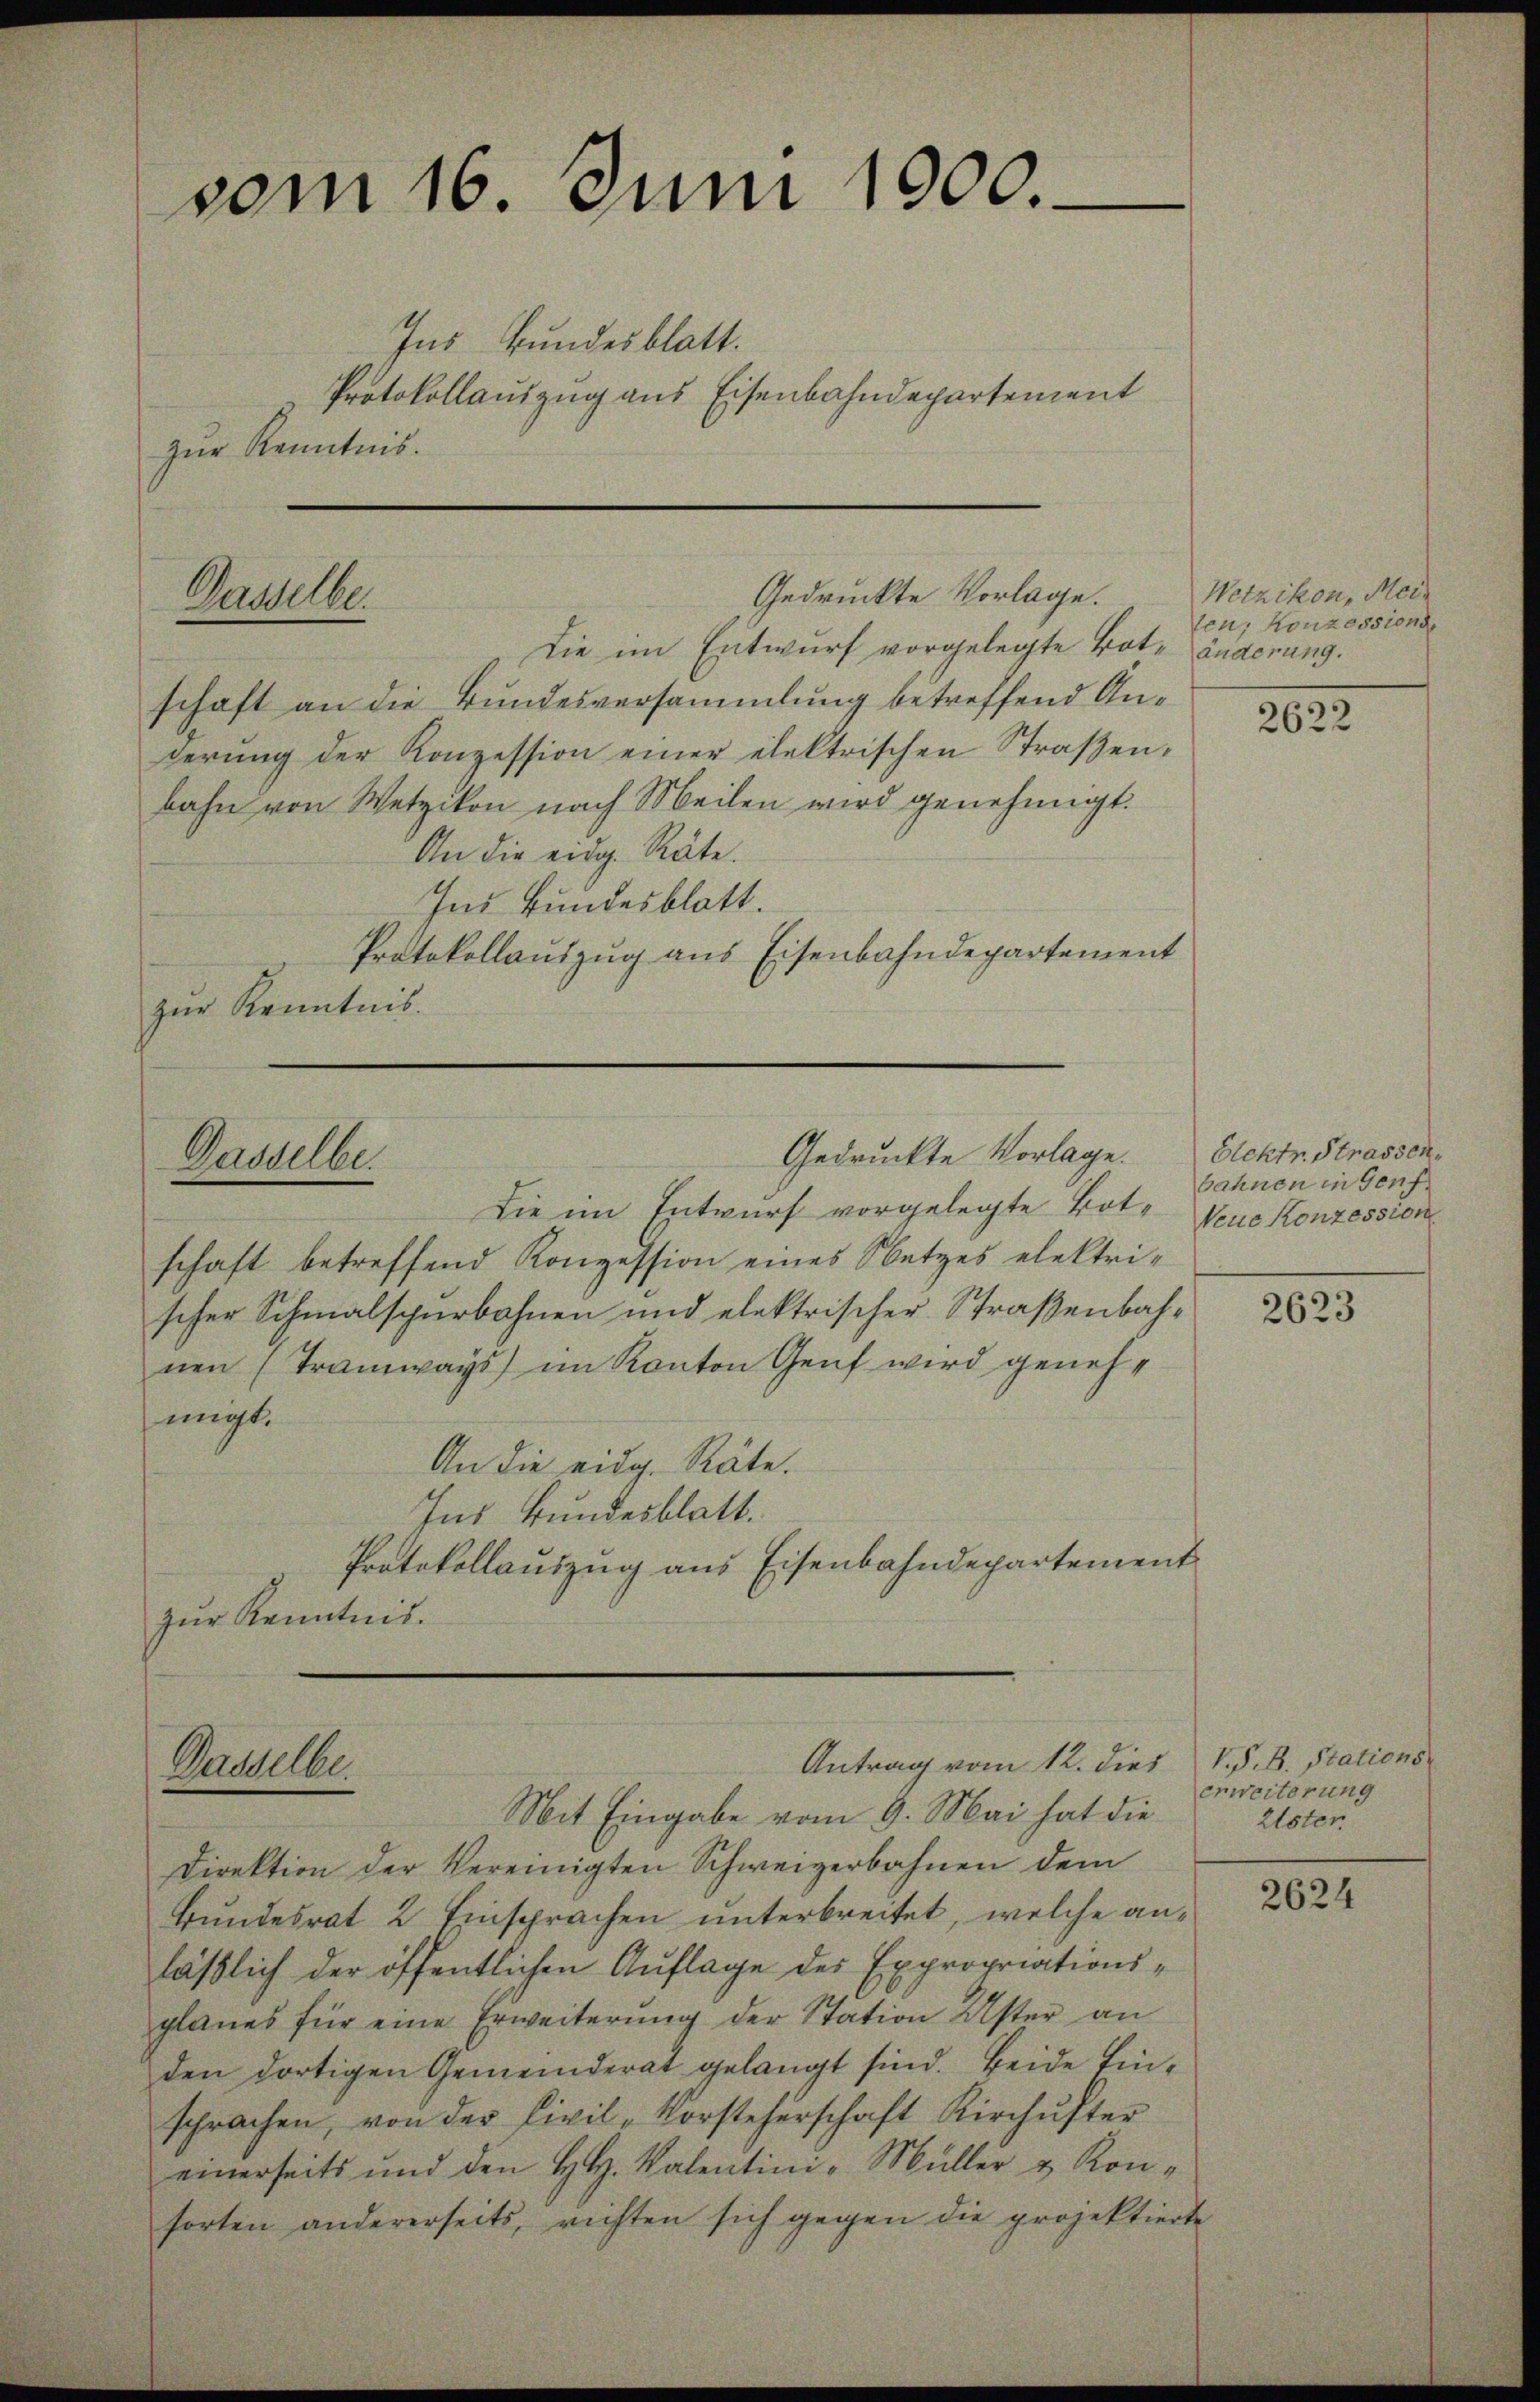
Ins Bundesblatt.
Protokollauszug aus Eisenbahndepartement
zur Kenntnis.

vom 16. Juni 1900.

Gedrückte Vorlage.
Gasselbe.

Dasselbe.

Gasselbe.

Die im Entwurf vorgelegte Botschaft betreffend Konzession eines Netzes elektri-
scher Schmalspurbahnen und elektrischer Straßenbahnen (Tramways) im Kanton Genf wird genehmigt.
An die eidg. Räte.
Ins Bundesblatt.
Protokollauszug aus Eisenbahndepartement
zur Kenntnis.

Mit Eingabe vom 9. Mai hat die
Direktion der Vereinigten Schweizerbahnen dem
Bundesrat 2 Einsprachen unterbreitet, welche anläßlich der öffentlichen Auflage des Expropriationsplanes für eine Erweiterung der Station Uster an
den dortigen Gemeinderat gelangt sind. Beide Einsprachen, von der Civil-Vorsteherschaft Kirchŭster
einerseits und den H. Valentini-Müller & Konforten andererseits, richten sich gegen die projektierte

Die im Entwurf vorgelegte Bote änderung.
schaft an die Bundesversammlung betreffend Anderung der Konzession einer elektrischen Straßenbahn von Wetzikon nach Meilen wird genehmigt.
An die eidg. Räte.
Ins Bundesblatt.
Protokollauszug aus Eisenbahndepartement
zur Kenntnis.

Gedruckte Vorlage. Elektr. Strassen-

Antrag vom 12. dies V. P. B. Stations

Wetzikon, Meiten, Konzessions

2622

bahnen in Genf
Neue Konzession

2623

erweiterung
Ester

2624